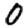
Digit: 0